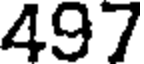
497